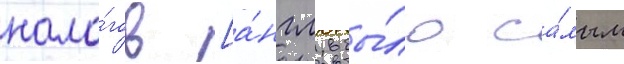
нало́гов [а́нгл. бы́ло са́мым